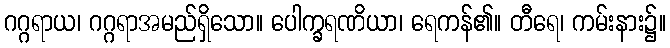
ဂဂ္ဂရာယ၊ ဂဂ္ဂရာအမည်ရှိသော။ ပေါက္ခရဏိယာ၊ ရေကန်၏။ တီရေ၊ ကမ်းနား၌။